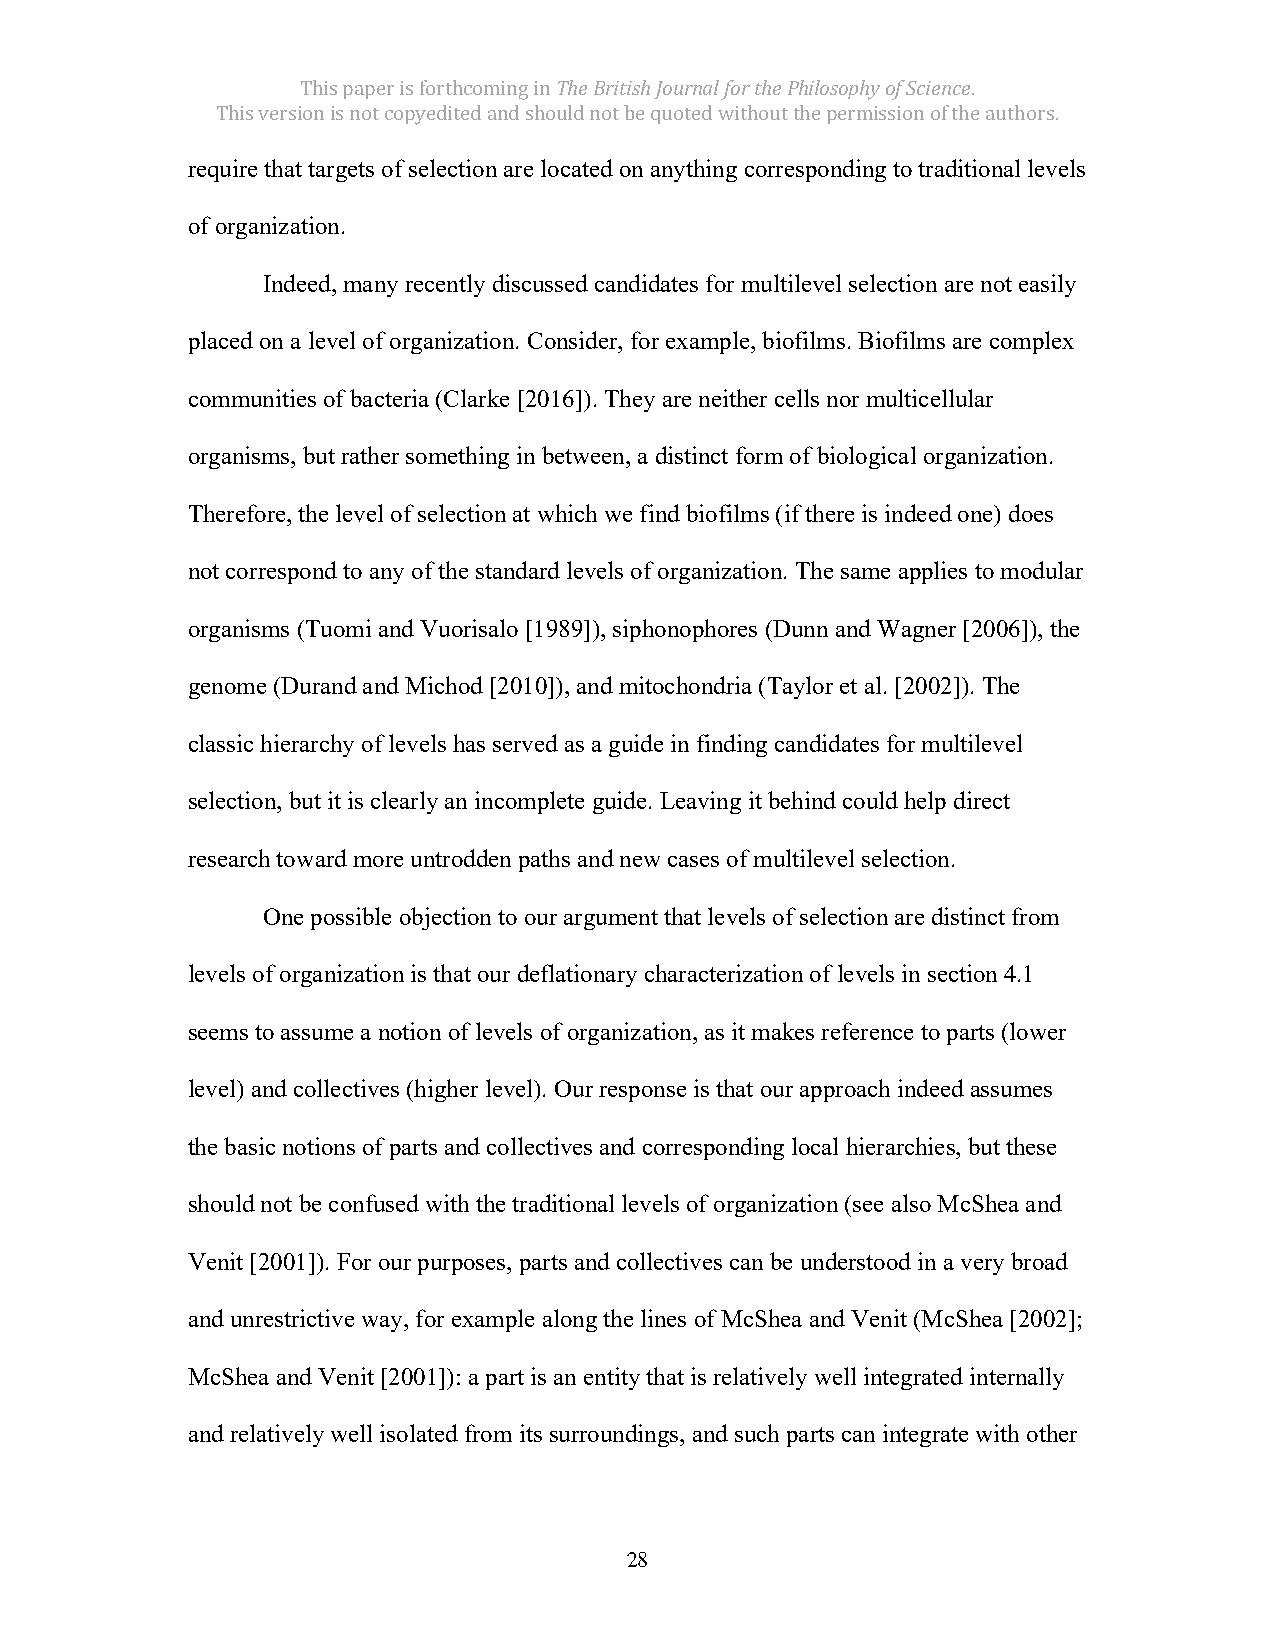
This paper is forthcoming in The British Journal for the Philosophy of Science.
 This version is not copyedited and should not be quoted without the permission of the authors.
 require that targets of selection are located on anything corresponding to traditional levels
 of organization.
 Indeed, many recently discussed candidates for multilevel selection are not easily
 placed on a level of organization. Consider, for example, biofilms. Biofilms are complex
 communities of bacteria (Clarke [2016]). They are neither cells nor multicellular
 organisms, but rather something in between, a distinct form of biological organization.
 Therefore, the level of selection at which we find biofilms (if there is indeed one) does
 not correspond to any of the standard levels of organization. The same applies to modular
 organisms (Tuomi and Vuorisalo [1989]), siphonophores (Dunn and Wagner [2006]), the
 genome (Durand and Michod [2010]), and mitochondria (Taylor et al. [2002]). The
 classic hierarchy of levels has served as a guide in finding candidates for multilevel
 selection, but it is clearly an incomplete guide. Leaving it behind could help direct
 research toward more untrodden paths and new cases of multilevel selection.
 One possible objection to our argument that levels of selection are distinct from
 levels of organization is that our deflationary characterization of levels in section 4.1
 seems to assume a notion of levels of organization, as it makes reference to parts (lower
 level) and collectives (higher level). Our response is that our approach indeed assumes
 the basic notions of parts and collectives and corresponding local hierarchies, but these
 should not be confused with the traditional levels of organization (see also McShea and
 Venit [2001]). For our purposes, parts and collectives can be understood in a very broad
 and unrestrictive way, for example along the lines of McShea and Venit (McShea [2002];
 McShea and Venit [2001]): a part is an entity that is relatively well integrated internally
 and relatively well isolated from its surroundings, and such parts can integrate with other
 28